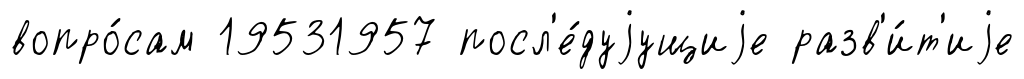
вопро́сам 19531957 посл'е́дуjущиjе разв'и́т'иjе